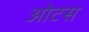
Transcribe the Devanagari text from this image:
ओटस